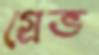
গ্রেভ